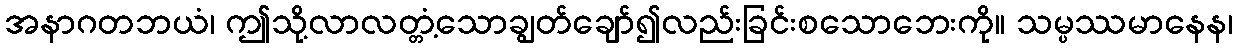
အနာဂတဘယံ၊ ဤသို့လာလတ္တံ့သောချွတ်ချော်၍လည်းခြင်းစသောဘေးကို။ သမ္ပဿမာနေန၊